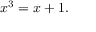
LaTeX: x ^ { 3 } = x + 1 .